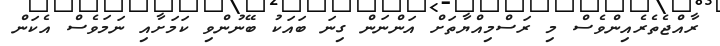
ރާއްޖެތެރެއިންވެސް މި ރަސްމިއްޔާތަށް އަންނަން ގިނަ ބައަކު ބޭނުންވި ކަމަށާއި ނަމަވެސް އެކަން